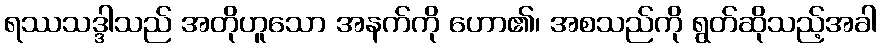
ရဿသဒ္ဒါသည် အတိုဟူသော အနက်ကို ဟော၏၊ အစသည်ကို ရွတ်ဆိုသည့်အခါ